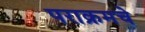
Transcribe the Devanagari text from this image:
पराक्रमचे